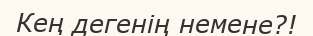
Кең дегенің немене?!